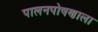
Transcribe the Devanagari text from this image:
पालनपोषणाला